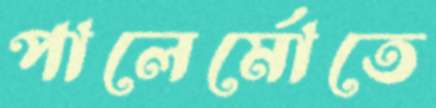
পালের্মোতে